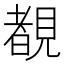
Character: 覩